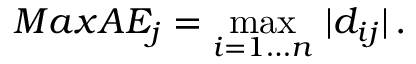
M a x A E _ { j } = \operatorname* { m a x } _ { i = 1 \ldots n } \, | d _ { i j } | \, .